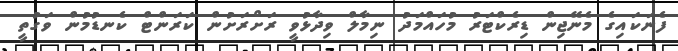
ފެނަކައިގެ މެނޭޖިން ޑިރެކްޓަރު މުހައްމަދު ނިމާލް ވިދާޅުވީ ރަށްރަށުން ކަރަންޓް ކެނޑުމުން ވަގުތީ